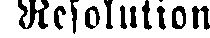
Resolution: